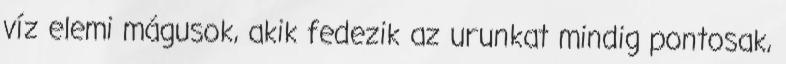
víz elemi mágusok, akik fedezik az urunkat mindig pontosak,